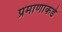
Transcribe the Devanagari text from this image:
प्रमाणाकडे